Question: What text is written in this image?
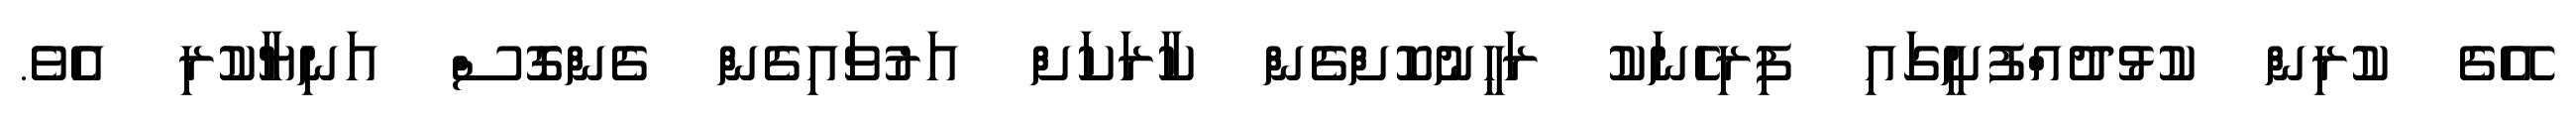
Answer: އޭގެ ކުރިން ކުޅުދުއްފުށީގައި ފިރިހެނަކު ރަހީނުކޮށްގެން ކާރަކަށް އަރުވައިގެން ގެންގޮސް އަނިޔާކުރި އެވެ.